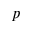
p